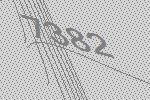
7382